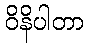
ဝိနိပါတာ